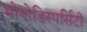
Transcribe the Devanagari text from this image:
मोनोडिस्पर्सिटी